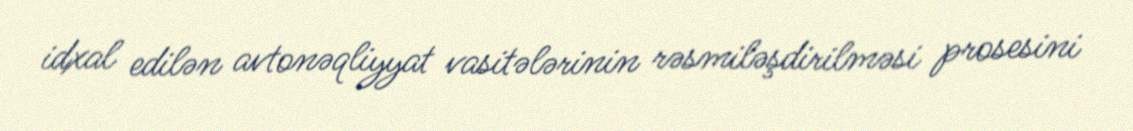
idxal edilən avtonəqliyyat vasitələrinin rəsmiləşdirilməsi prosesini